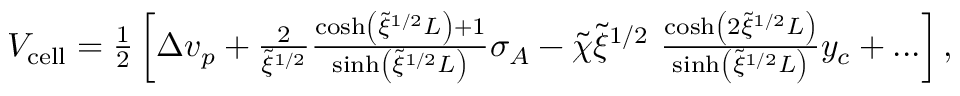
\begin{array} { r } { V _ { \mathrm { c e l l } } = \frac { 1 } { 2 } \left[ \Delta v _ { p } + \frac { 2 } { \tilde { \xi } ^ { 1 / 2 } } \frac { \cosh \left( \tilde { \xi } ^ { 1 / 2 } L \right) + 1 } { \sinh \left( \tilde { \xi } ^ { 1 / 2 } L \right) } \sigma _ { A } - \tilde { \chi } \tilde { \xi } ^ { 1 / 2 } \ \frac { \cosh \left( 2 \tilde { \xi } ^ { 1 / 2 } L \right) } { \sinh \left( \tilde { \xi } ^ { 1 / 2 } L \right) } y _ { c } + . . . \right] , } \end{array}